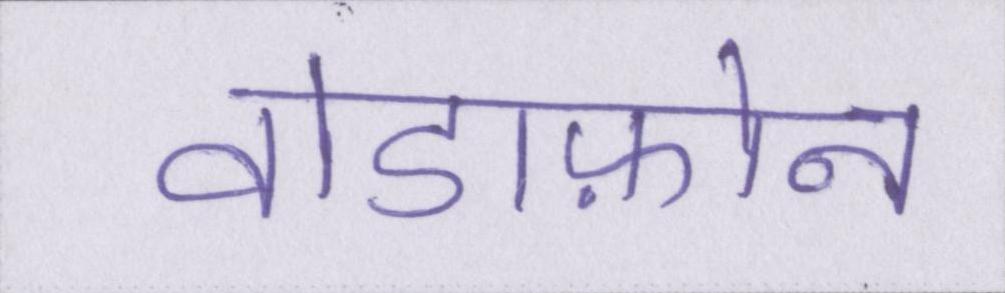
वोडाफ़ोन